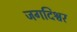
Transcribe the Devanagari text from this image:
जगदिश्वर